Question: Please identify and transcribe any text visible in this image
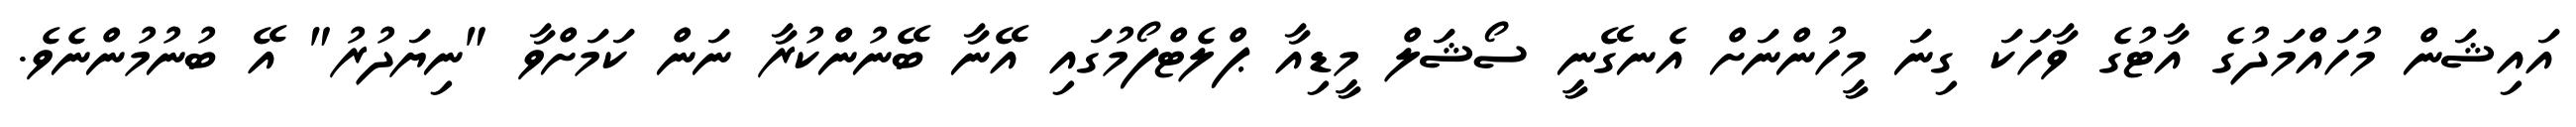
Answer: އައިޝަން މުހައްމަދުގެ އާޓުގެ ވާހަކަ ގިނަ މީހުންނަށް އެނގޭނީ ސޯޝަލް މީޑިއާ ޕްލެޓްފޯމުގައި އޭނާ ބޭނުންކުރާ ނަން ކަމަށްވާ "ނިޔަދުރު" އޭ ބުނުމުންނެވެ.